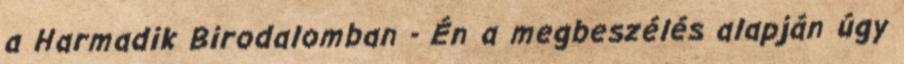
a Harmadik Birodalomban - Én a megbeszélés alapján úgy